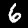
Label: 6